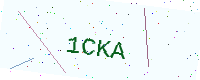
Text: 1CKA